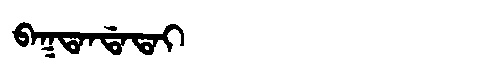
Manchu: ᠪᠠᡴᡨᠠᠨᡩᠠᡨᠠᡳ
Romanization: BAKTANDATAI